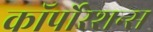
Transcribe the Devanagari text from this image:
कॉर्पोरेशन्‍स